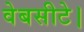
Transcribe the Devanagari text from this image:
वेबसीटे।